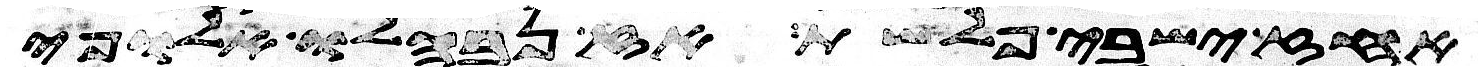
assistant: אחז ישבי פלשת אז נבהלו אלופי